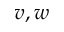
v , w